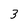
Character: 3